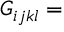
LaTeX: G _ { i j k l } =